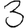
Digit: 3